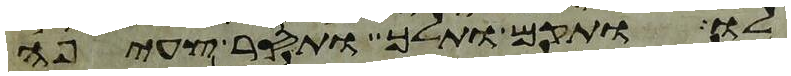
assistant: לו ותקם ותלך ותסר צעיפה